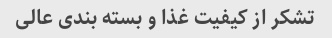
تشکر از کیفیت غذا و بسته بندی عالی